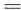
=